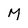
Character: M